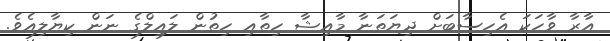
އާރާ ވާހަކަ އެހިސާބަށް ދިޔަތަނާ މާއިޝާ ހިތާއި ހިތުން ލައިލްގެ ނަން ކިޔާލިއެވެ.